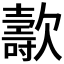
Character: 𣤫